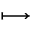
\longmapsto